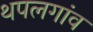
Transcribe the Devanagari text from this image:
थपलगांव